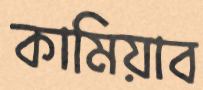
কামিয়াব